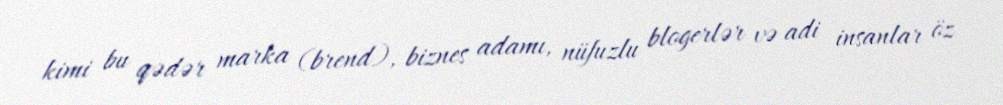
kimi bu qədər marka (brend), biznes adamı, nüfuzlu blogerlər və adi insanlar öz